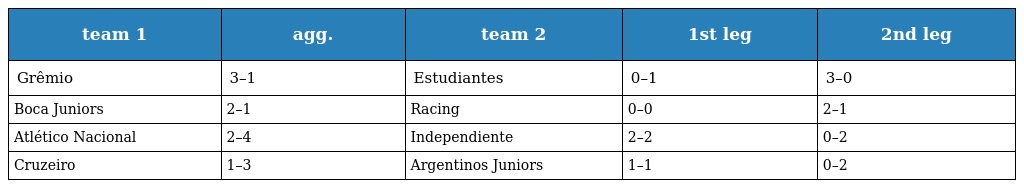
| team 1 | agg. | team 2 | 1st leg | 2nd leg |
 | --- | --- | --- | --- | --- |
 | Grêmio | 3–1 | Estudiantes | 0–1 | 3–0 |
 | Boca Juniors | 2–1 | Racing | 0–0 | 2–1 |
 | Atlético Nacional | 2–4 | Independiente | 2–2 | 0–2 |
 | Cruzeiro | 1–3 | Argentinos Juniors | 1–1 | 0–2 |